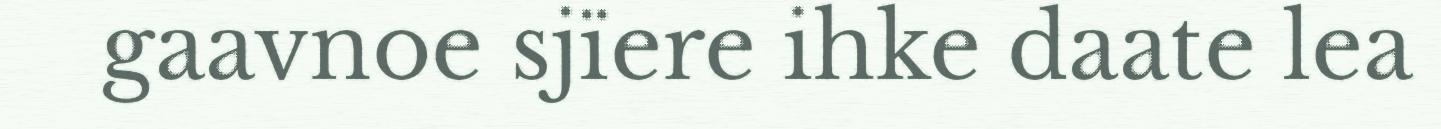
gaavnoe sjïere ihke daate lea